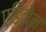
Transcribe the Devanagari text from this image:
एडिटोन